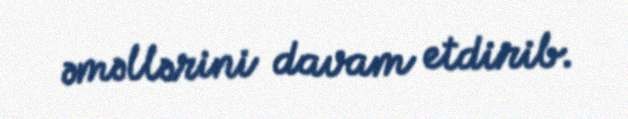
əməllərini davam etdirib.